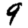
Digit: 9